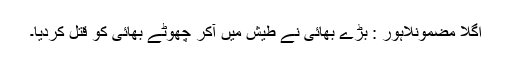
اگلا مضمونلاہور : بڑے بھائی نے طیش میں آکر چھوٹے بھائی کو قتل کردیا۔